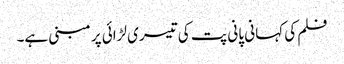
فلم کی کہانی پانی پت کی تیسری لڑائی پر مبنی ہے۔